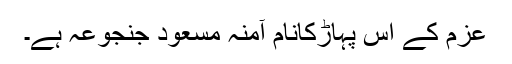
عزم کے اس پہاڑکانام آمنہ مسعود جنجوعہ ہے۔